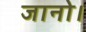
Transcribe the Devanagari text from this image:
जानो।